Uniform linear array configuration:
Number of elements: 12
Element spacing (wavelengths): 0.5
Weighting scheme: blackman
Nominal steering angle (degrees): -60
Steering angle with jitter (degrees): -61.605
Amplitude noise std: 0.05
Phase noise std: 0.05

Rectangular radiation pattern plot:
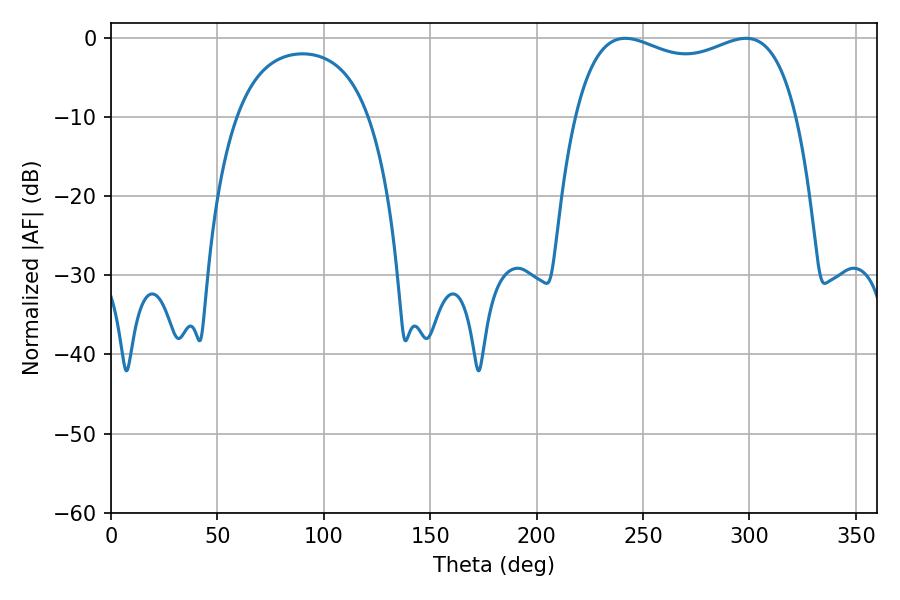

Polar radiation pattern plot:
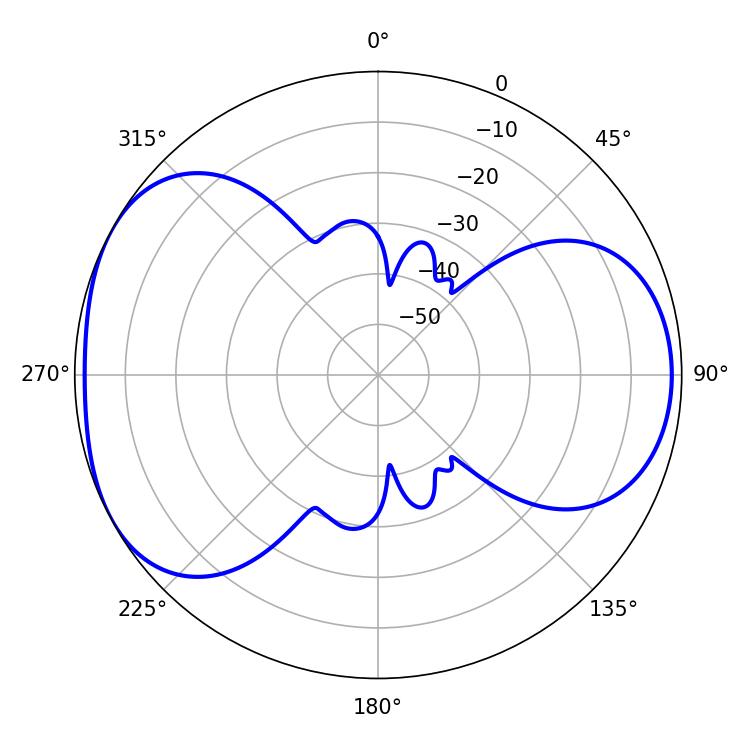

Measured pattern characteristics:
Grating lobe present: FALSE
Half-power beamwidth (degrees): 85.68
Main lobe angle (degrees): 241.56